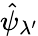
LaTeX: \hat{\psi}_{\lambda^{\prime}}